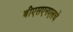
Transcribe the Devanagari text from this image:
बीएसएनएलचे